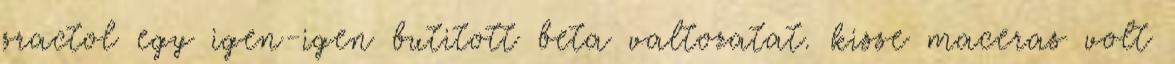
sractol egy igen-igen butitott beta valtozatat. kisse maceras volt